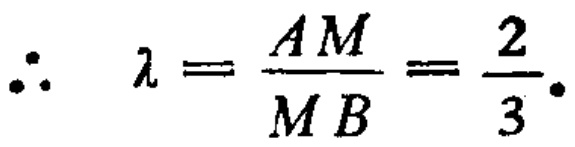
\[\therefore\ \lambda=\frac{AM}{MB}=\frac{2}{3}.\]